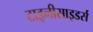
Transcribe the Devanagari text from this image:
टाइनीसाइडर्स